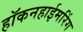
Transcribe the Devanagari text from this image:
हॉकनहाईमरिंग